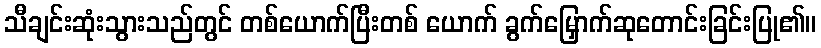
သီချင်းဆုံးသွားသည်တွင် တစ်ယောက်ပြီးတစ် ယောက် ခွက်မြှောက်ဆုတောင်းခြင်းပြု၏။